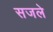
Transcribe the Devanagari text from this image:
सजले